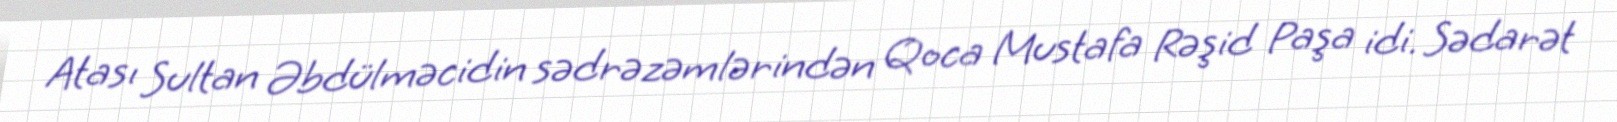
Atası Sultan Əbdülməcidin sədrəzəmlərindən Qoca Mustafa Rəşid Paşa idi. Sədarət